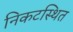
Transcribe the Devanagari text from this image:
निकटस्थित